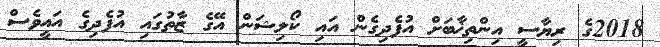
2018ގެ ރިޔާސީ އިންތިޚާބަށް އުފެދިގެން އައި ކޯލިޝަން އޭގެ ޒާތުގައި އުފެދިގެ އައީވެސް